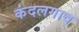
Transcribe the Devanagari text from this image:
कंदलगाव